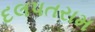
દલપતરામ